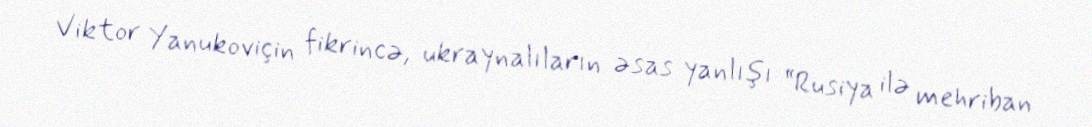
Viktor Yanukoviçin fikrincə, ukraynalıların əsas yanlışı “Rusiya ilə mehriban